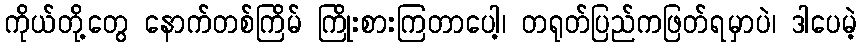
ကိုယ်တို့တွေ နောက်တစ်ကြိမ် ကြိုးစားကြတာပေါ့၊ တရုတ်ပြည်ကဖြတ်ရမှာပဲ၊ ဒါပေမဲ့